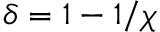
\delta = 1 - 1 / \chi